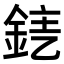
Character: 𨦤